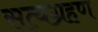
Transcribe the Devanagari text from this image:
सत्यग्रहण